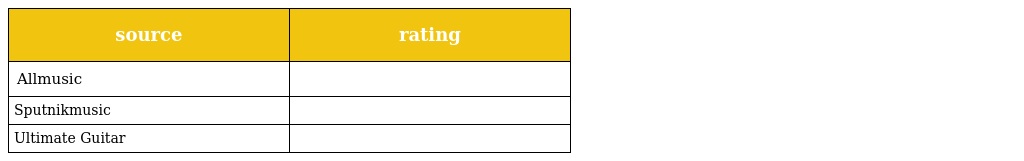
| source | rating |
 | --- | --- |
 | Allmusic |  |
 | Sputnikmusic |  |
 | Ultimate Guitar |  |